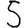
Digit: 5